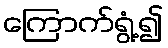
ကြောက်ရွံ့၍